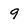
Character: 9